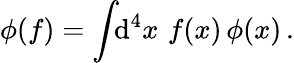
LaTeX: \phi(f)=\int\! \! \mathrm{d}^{4}x\, \, f(x)\, \phi(x)\, .